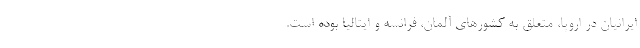
ایرانیان در اروپا، متعلق به کشورهای آلمان، فرانسه و ایتالیا بوده است.